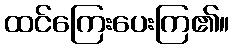
ထင်ကြေးပေးကြ၏။